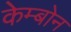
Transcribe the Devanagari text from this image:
केम्बोन